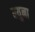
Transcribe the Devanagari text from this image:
बयुना